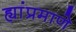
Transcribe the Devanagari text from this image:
ह्यांप्रमाणे